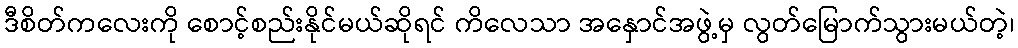
ဒီစိတ်ကလေးကို စောင့်စည်းနိုင်မယ်ဆိုရင် ကိလေသာ အနှောင်အဖွဲ့မှ လွတ်မြောက်သွားမယ်တဲ့၊